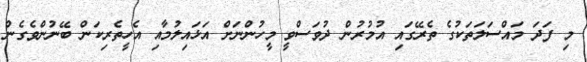
މި ފަދަ މައްސަލަތަކުގެ ތެރޭގައި އުމުރުން ދުވަސްވީ މީހުންނަށް އަޅައިލުމާއި އެހީތެރިކަން ބޭނުންވެގެން